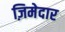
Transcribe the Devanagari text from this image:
ज़िमेदार